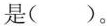
是()。